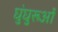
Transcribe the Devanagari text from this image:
घुंघुरूओं